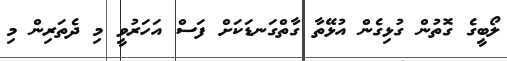
ލޯބީގެ ގޮތުން ގުޅިގެން އުޅޭތާ ގާތްގަނޑަކަށް ފަސް އަހަރުވީ މި ދެތަރިން މި